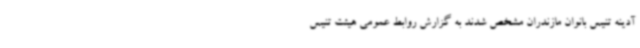
آدینه تنیس بانوان مازندران مشخص شدند به گزارش روابط عمومی هیئت تنیس